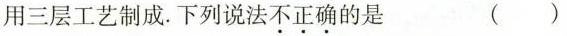
用三层工艺制成。下列说法\underset{·}{不}\underset{·}{正}\underset{·}{确}的是 ( )